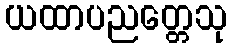
ယထာပညတ္တေသု